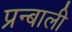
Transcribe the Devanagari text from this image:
प्रन्बाली